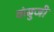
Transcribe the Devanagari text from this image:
कंबुजी